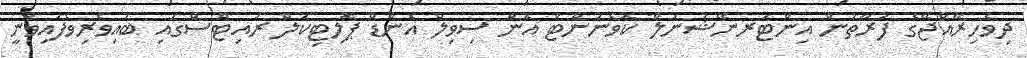
ދިވެހިރާއްޖޭގެ ފަރާތުން އިންޓަރނޭޝަނަލް ކޮވެނަންޓް އޮން ސިވިލް އެންޑް ޕޮލިޓިކަލް ރައިޓްސްގައި ބައިވެރިވެފައިވަނީ